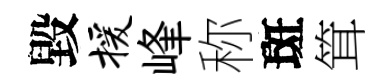
毀援峰称斑䇯